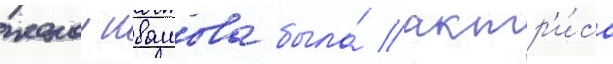
женои ивашова была́ актр'и́са